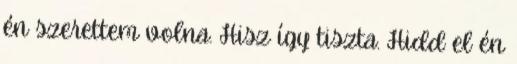
én szerettem volna. Hisz így tiszta. Hidd el én